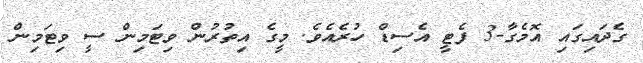
ގެދައިގައި އޮމެގާ-3 ފެޓީ އެސިޑް ހުރެއެވެ. މީގެ އިތުރުން ވިޓަމިން ސީ ވިޓަމިން